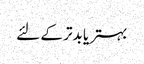
بہتر یا بدتر کے لئے